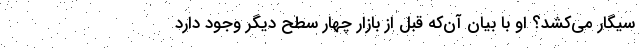
سیگار می‌کشد؟ او با بیان آن‌که قبل از بازار چهار سطح دیگر وجود دارد